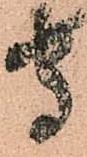
守